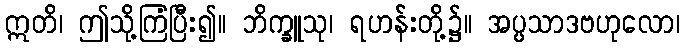
ဣတိ၊ ဤသို့ကြံပြီး၍။ ဘိက္ခူသု၊ ရဟန်းတို့၌။ အပ္ပသာဒဗဟုလော၊